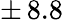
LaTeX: \pm\, 8.8